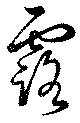
露